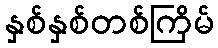
နှစ်နှစ်တစ်ကြိမ်